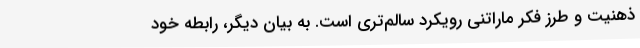
ذهنیت و طرز فکر ماراتنی رویکرد سالم‌تری است. به بیان دیگر، رابطه خود